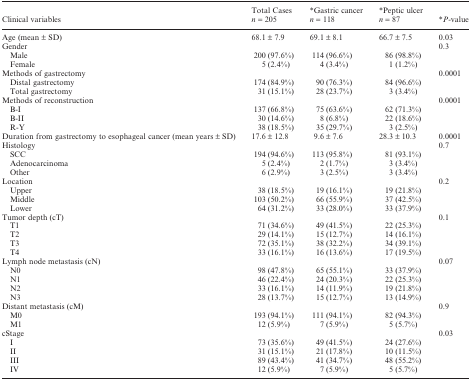
<table><thead><tr><td rowspan="2"><b>Clinical variables</b></td><td><b>Total Cases</b></td><td><b>*Gastric cancer</b></td><td><b>*Peptic ulcer</b></td><td rowspan="2"><b>*<i>P</i>‐value</b></td></tr><tr><td><b><i>n</i> = 205</b></td><td><b><i>n</i> = 118</b></td><td><b><i>n</i> = 87</b></td></tr></thead><tbody><tr><td>Age (mean ± SD)</td><td>68.1 ± 7.9</td><td>69.1 ± 8.1</td><td>66.7 ± 7.5</td><td>0.03</td></tr><tr><td>Gender</td><td></td><td></td><td></td><td rowspan="3">0.3</td></tr><tr><td>Male</td><td>200 (97.6%)</td><td>114 (96.6%)</td><td>86 (98.8%)</td></tr><tr><td>Female</td><td>5 (2.4%)</td><td>4 (3.4%)</td><td>1 (1.2%)</td></tr><tr><td>Methods of gastrectomy</td><td></td><td></td><td></td><td rowspan="3">0.0001</td></tr><tr><td>Distal gastrectomy</td><td>174 (84.9%)</td><td>90 (76.3%)</td><td>84 (96.6%)</td></tr><tr><td>Total gastrectomy</td><td>31 (15.1%)</td><td>28 (23.7%)</td><td>3 (3.4%)</td></tr><tr><td>Methods of reconstruction</td><td></td><td></td><td></td><td rowspan="4">0.0001</td></tr><tr><td>B‐I</td><td>137 (66.8%)</td><td>75 (63.6%)</td><td>62 (71.3%)</td></tr><tr><td>B‐II</td><td>30 (14.6%)</td><td>8 (6.8%)</td><td>22 (18.6%)</td></tr><tr><td>R‐Y</td><td>38 (18.5%)</td><td>35 (29.7%)</td><td>3 (2.5%)</td></tr><tr><td>Duration from gastrectomy to esophageal cancer (mean years ± SD)</td><td>17.6 ± 12.8</td><td>9.6 ± 7.6</td><td>28.3 ± 10.3</td><td>0.0001</td></tr><tr><td>Histology</td><td></td><td></td><td></td><td>0.7</td></tr><tr><td>SCC</td><td>194 (94.6%)</td><td>113 (95.8%)</td><td>81 (93.1%)</td><td rowspan="3"></td></tr><tr><td>Adenocarcinoma</td><td>5 (2.4%)</td><td>2 (1.7%)</td><td>3 (3.4%)</td></tr><tr><td>Other</td><td>6 (2.9%)</td><td>3 (2.5%)</td><td>3 (3.4%)</td></tr><tr><td>Location</td><td></td><td></td><td></td><td rowspan="4">0.2</td></tr><tr><td>Upper</td><td>38 (18.5%)</td><td>19 (16.1%)</td><td>19 (21.8%)</td></tr><tr><td>Middle</td><td>103 (50.2%)</td><td>66 (55.9%)</td><td>37 (42.5%)</td></tr><tr><td>Lower</td><td>64 (31.2%)</td><td>33 (28.0%)</td><td>33 (37.9%)</td></tr><tr><td>Tumor depth (cT)</td><td></td><td></td><td></td><td rowspan="5">0.1</td></tr><tr><td>T1</td><td>71 (34.6%)</td><td>49 (41.5%)</td><td>22 (25.3%)</td></tr><tr><td>T2</td><td>29 (14.1%)</td><td>15 (12.7%)</td><td>14 (16.1%)</td></tr><tr><td>T3</td><td>72 (35.1%)</td><td>38 (32.2%)</td><td>34 (39.1%)</td></tr><tr><td>T4</td><td>33 (16.1%)</td><td>16 (13.6%)</td><td>17 (19.5%)</td></tr><tr><td>Lymph node metastasis (cN)</td><td></td><td></td><td></td><td rowspan="5">0.07</td></tr><tr><td>N0</td><td>98 (47.8%)</td><td>65 (55.1%)</td><td>33 (37.9%)</td></tr><tr><td>N1</td><td>46 (22.4%)</td><td>24 (20.3%)</td><td>22 (25.3%)</td></tr><tr><td>N2</td><td>33 (16.1%)</td><td>14 (11.9%)</td><td>19 (21.8%)</td></tr><tr><td>N3</td><td>28 (13.7%)</td><td>15 (12.7%)</td><td>13 (14.9%)</td></tr><tr><td>Distant metastasis (cM)</td><td></td><td></td><td></td><td rowspan="3">0.9</td></tr><tr><td>M0</td><td>193 (94.1%)</td><td>111 (94.1%)</td><td>82 (94.3%)</td></tr><tr><td>M1</td><td>12 (5.9%)</td><td>7 (5.9%)</td><td>5 (5.7%)</td></tr><tr><td>cStage</td><td></td><td></td><td></td><td rowspan="5">0.03</td></tr><tr><td>I</td><td>73 (35.6%)</td><td>49 (41.5%)</td><td>24 (27.6%)</td></tr><tr><td>II</td><td>31 (15.1%)</td><td>21 (17.8%)</td><td>10 (11.5%)</td></tr><tr><td>III</td><td>89 (43.4%)</td><td>41 (34.7%)</td><td>48 (55.2%)</td></tr><tr><td>IV</td><td>12 (5.9%)</td><td>7 (5.9%)</td><td>5 (5.7%)</td></tr></tbody></table>